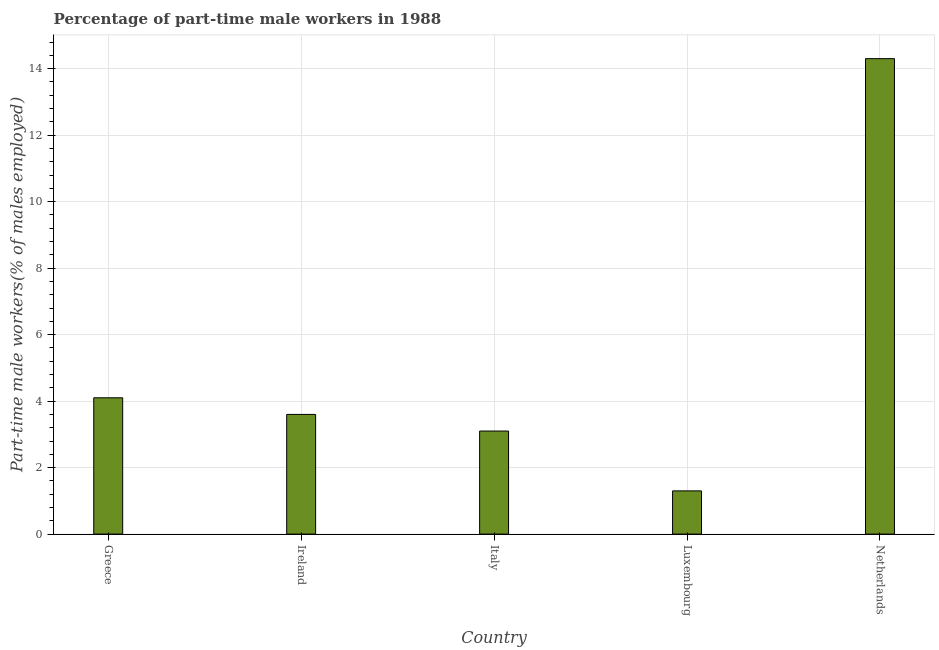
| Country | Part time employment |
 | --- | --- |
 | Greece | 4.1 |
 | Ireland | 3.6 |
 | Italy | 3.1 |
 | Luxembourg | 1.3 |
 | Netherlands | 14.3 |